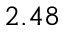
2 . 4 8